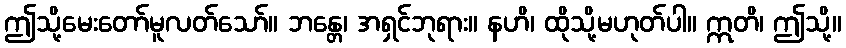
ဤသို့မေးတော်မူလတ်သော်။ ဘန္တေ၊ အရှင်ဘုရား။ နဟိ၊ ထိုသို့မဟုတ်ပါ။ ဣတိ၊ ဤသို့။